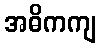
အဓိကကျ